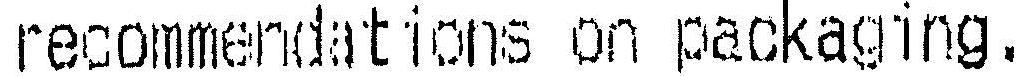
RECOMMENDATIONS ON PACKAGING.